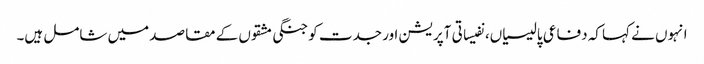
انہوں نے کہا کہ دفاعی پالیسیاں، نفیساتی آپریشن اور جدت کو جنگی مشقوں کے مقاصد میں شامل ہیں۔